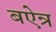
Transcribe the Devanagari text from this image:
बऐन्र